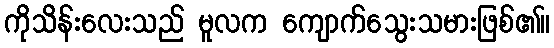
ကိုသိန်းလေးသည် မူလက ကျောက်သွေးသမားဖြစ်၏။